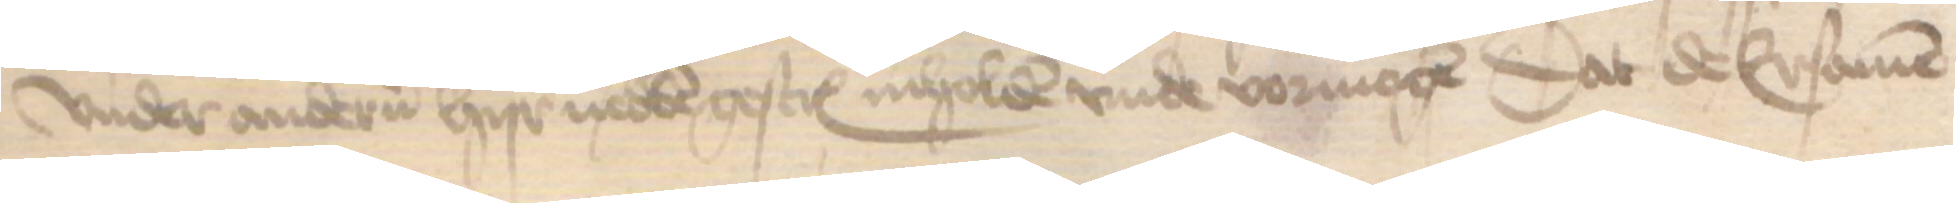
vnder anderen hyr nedden gescreuen inholden vnde vormogen dat de Ersamen